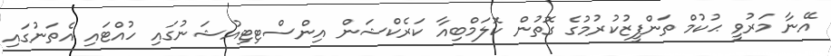
އޭނާ މަރުވީ ޙުކުމް ތަންފީޒުކުރުމުގެ ގޮތުން ކޮލަމްބިއާ ކަރެކްޝަން އިންސްޓިޓިއުޝަނުގައި ހުއްޓައި އެތަނުގައި